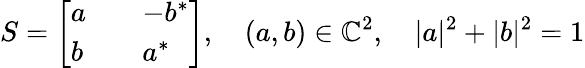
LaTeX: S=\left[\begin{array}{lll}{a}&{}&{-b^{*}}\\ {b}&{}&{a^{*}}\end{array}\right],\quad(a,b)\in\mathbb{C}^{2},\quad|a|^{2}+|b|^{2}=1